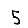
Digit: 5